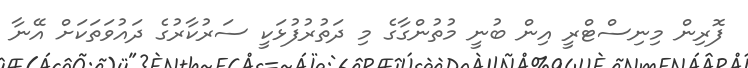
ފޮރިން މިނިސްޓްރީ އިން ބުނީ މުތުންގާގެ މި ދަތުރުފުޅަކީ ސަރުކާރުގެ ދައުވަތަކަށް އޭނާ